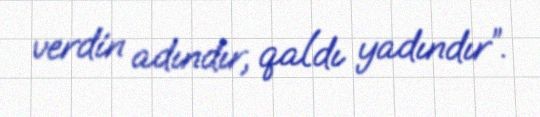
verdin adındır, qaldı yadındır”.